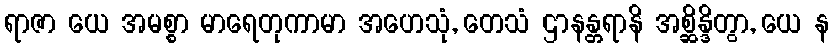
ရာဇာ ယေ အမစ္စာ မာရေတုကာမာ အဟေသုံ, တေသံ ဌာနန္တရာနိ အစ္ဆိန္ဒိတွာ, ယေ န